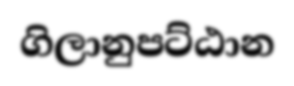
ගිලානුපට්ඨාන